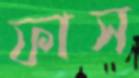
ফাস